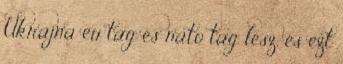
Ukrajna eu tag és nato tag lesz, és ezt